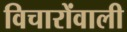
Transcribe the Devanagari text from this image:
विचारोंवाली